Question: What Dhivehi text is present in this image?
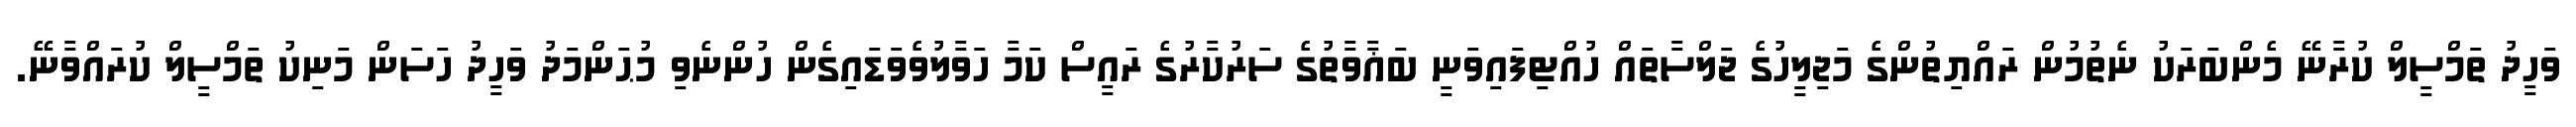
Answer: ވަހީދު ތަމްސީލް ކުރާނޭ މެންބަރަކު ނެތުމުން ރައްޔިތުންގެ މަޖިލީހުގެ ޖަލްސާތައް ހުއްޓިފައިވަނީ ބަޣާވާތުގެ ސަރުކާރުގެ ރައީސް ކަމާ ހަވާލުވެވަޑައިގެން ހުންނެވި މުޙަންމަދު ވަހީދު ހަސަން މަނިކު ތަމްސީލް ކުރައްވާނޭ.